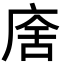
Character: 𢉃